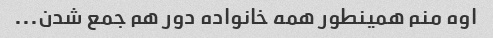
اوه منم همینطور همه خانواده دور هم جمع شدن...